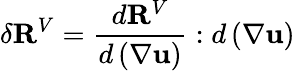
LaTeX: \delta\mathbf{R}^{V}=\frac{d\mathbf{R}^{V}}{d\left(\nabla\mathbf{u}\right)}:d\left(\nabla\mathbf{u}\right)